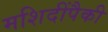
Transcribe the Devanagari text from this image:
मशिदींपैकी